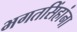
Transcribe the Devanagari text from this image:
भगतसिंहांना